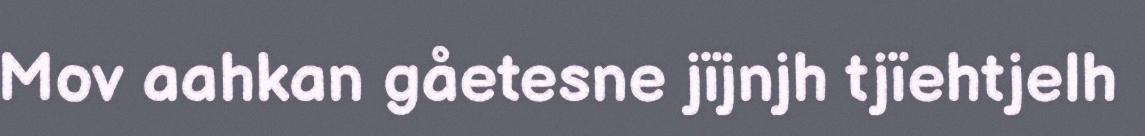
Mov aahkan gåetesne jïjnjh tjïehtjelh